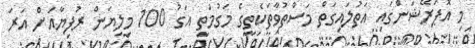
މި އޮޕަރޭޝަންގައި އަތުލައިގަތް މަސްތުވާތަކެތީގެ މަގުމަތީ އަގު 100 މިލިޔަން ރުފިޔާއަށް އަރަ